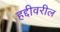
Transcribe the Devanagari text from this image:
हद्दीवरील